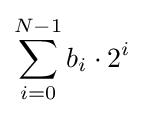
\sum _{i=0}^{N-1}b_{i}\cdot 2^{i}